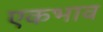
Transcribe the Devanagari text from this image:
एकभाव